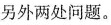
另外两处问题。